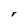
Character: r